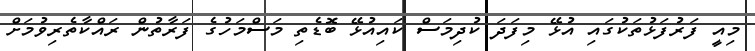
މިއީ ފަރުފަޅުތަކުގައި އުޅޭ މިފަދަ ކުދިމަސް ކައިއުޅޭ ބޮޑެތި މަސްމަހުގެ ފަރާތުން ރައްކާތެރިވުމަށް